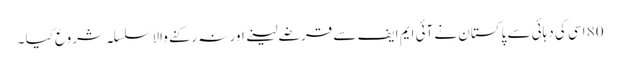
80 اسی کی دہائی سے پاکستان نے آئی ایم ایف سے قرضے لینے اور نہ رکنے والا سلسلہ شروع کیا ۔